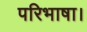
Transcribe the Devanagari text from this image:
परिभाषा।